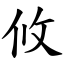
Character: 攸